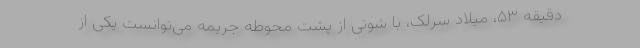
دقیقه ۵۳، میلاد سرلک، با شوتی از پشت محوطه جریمه می‌توانست یکی از